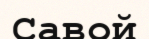
Савой